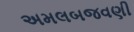
અમલબજવણી